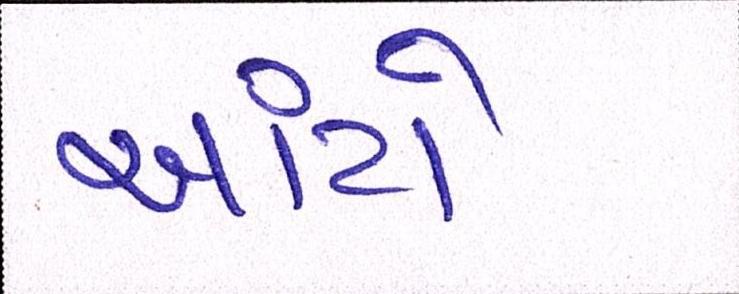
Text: આંટો